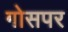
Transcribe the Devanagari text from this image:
गोसपर